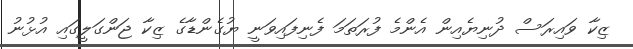
ޒިކާ ވައިރަސް ދުނިޔެއިން އެންމެ ފުރަތަމަ ފެނިފައިވަނީ ޔުގެންޑާގެ ޒިކާ ޖަންގަލީގައި އުޅުނު